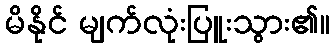
မိနိုင် မျက်လုံးပြူးသွား၏။